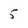
Character: 5